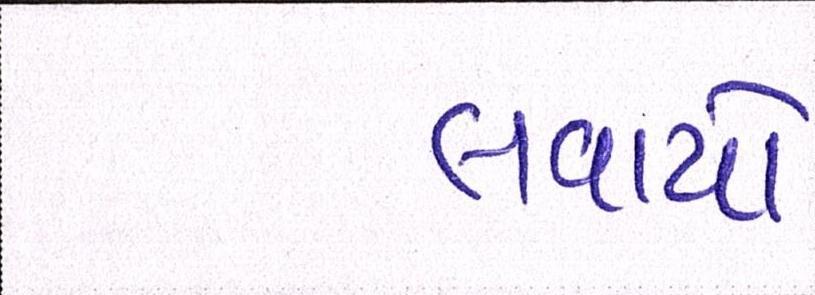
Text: લવાયો